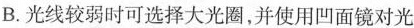
B. 光线较弱时可选择大光圈，并使用凹面镜对光